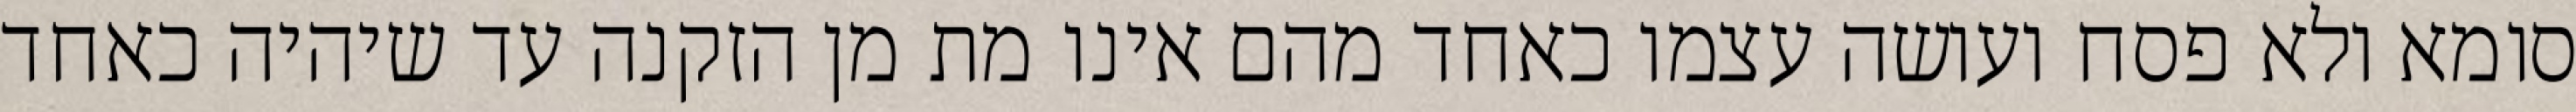
סומא ולא פסח ועושה עצמו כאחד מהם אינו מת מן הזקנה עד שיהיה כאחד